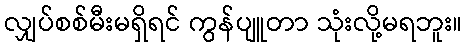
လျှပ်စစ်မီးမရှိရင် ကွန်ပျူတာ သုံးလို့မရဘူး။